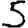
Digit: 5